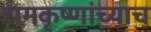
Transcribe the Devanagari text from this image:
रामकृष्णांच्याच